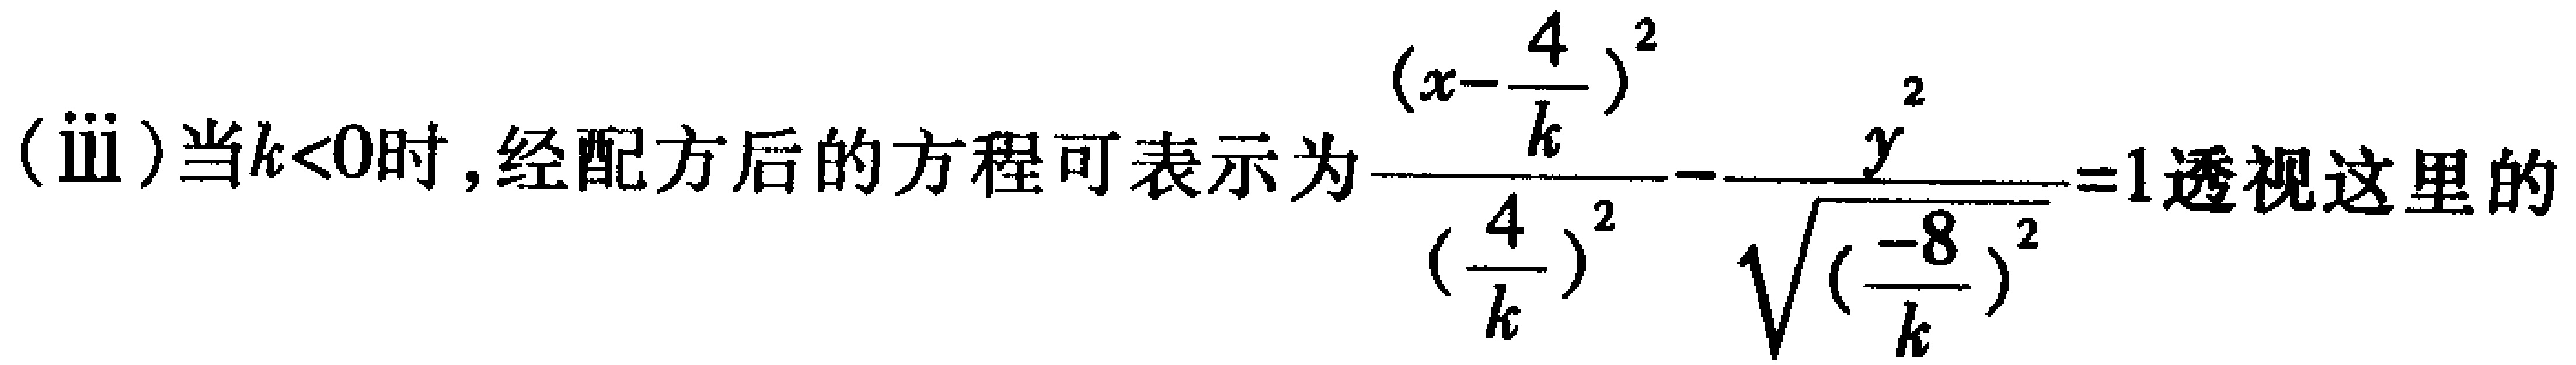
(ⅲ)当\(k<0\)时，经配方后的方程可表示为\(\frac{(x - \frac{4}{k})^2}{(\frac{4}{k})^2}-\frac{y^2}{\sqrt{(\frac{-8}{k})^2}} = 1\)